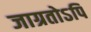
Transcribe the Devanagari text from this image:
जाग्रतोऽपि